Trukikaitis_Postimees, lk 113
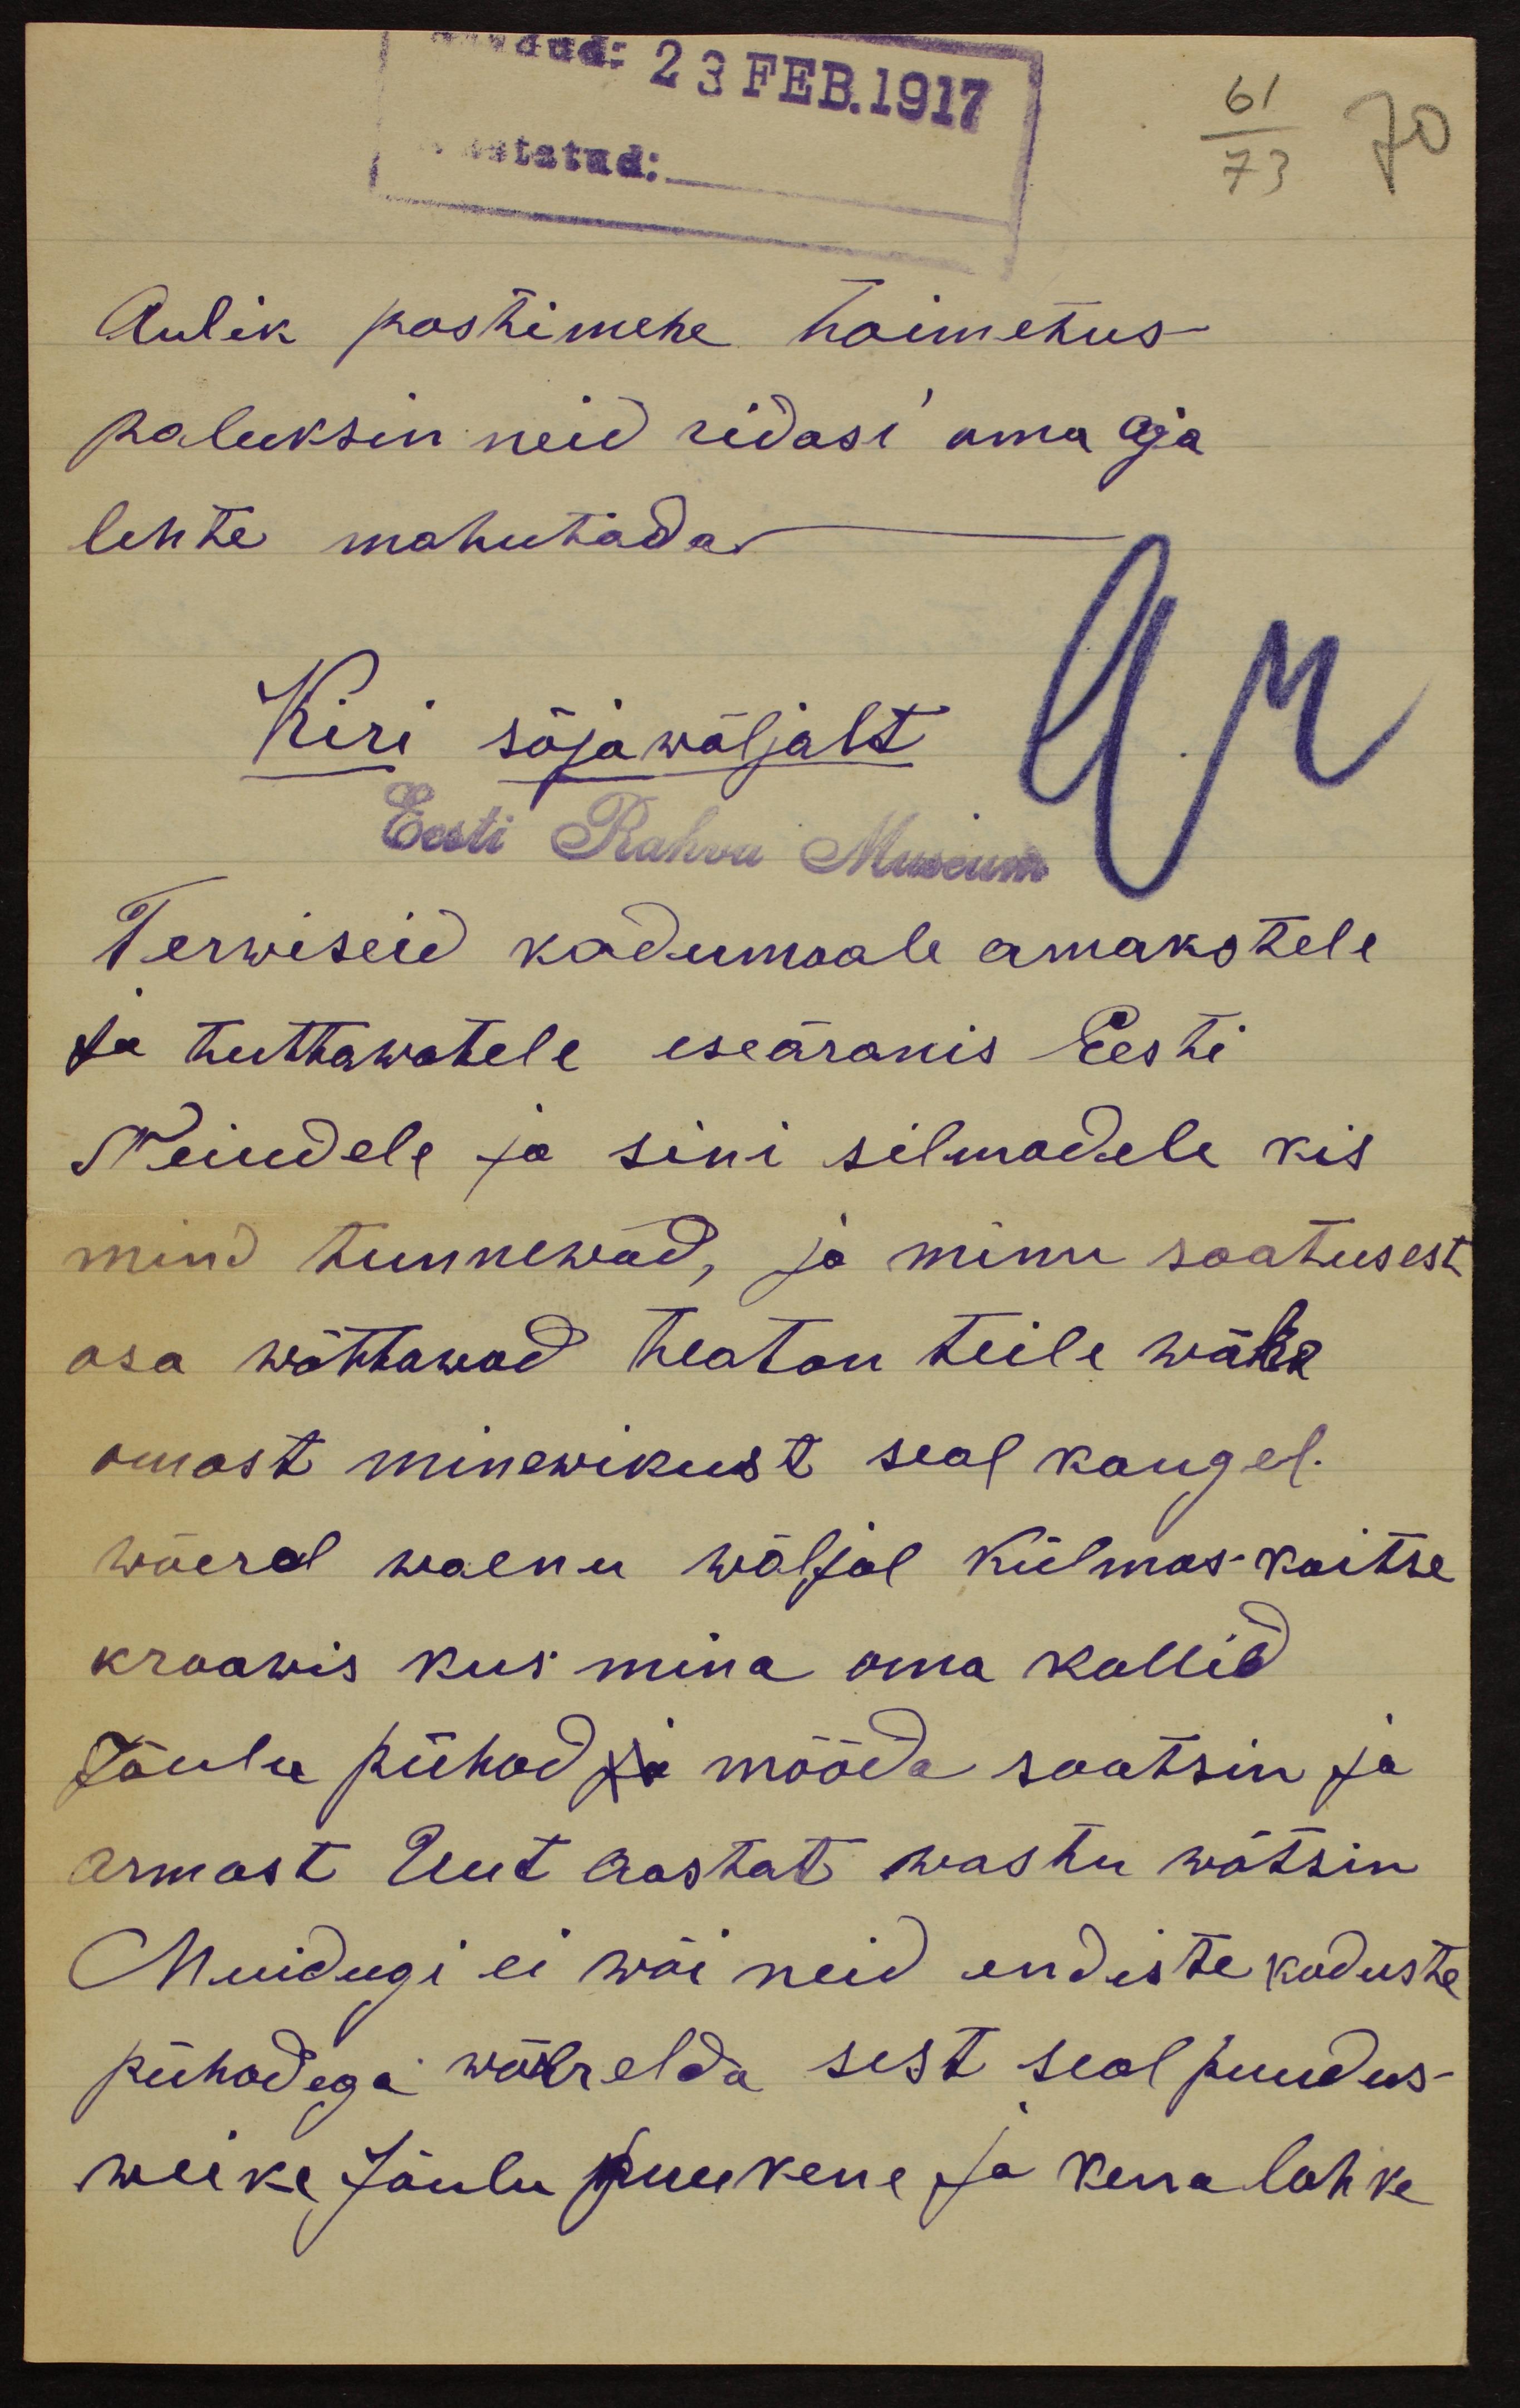
saad: 23 FES.1917
Aulik postimehe toimetus
paluksin neid ridasi oma aja
lehte mahutada.
Kiri sõjawäljalt
Eesti Rahva Museum
Terviseid kodumaale amakstele
Ja tuttawatele iseäranis Eesti
Neiudele ja sini silmadele mis
mind tunnewad, ja minu saatusest
osa wõttawad teatan teile wähe
omast minewikust seal kaugel.
wõera waenu wäljal külmas kaitse
kraawis kus mina oma kallid
Jõulu pühad ja mööda saatsin ja
armast Uut aastat wastu wõtsin
Muidugi ei wõi neid endiste koduste
pühadega wõrrelda sest seal puudus-
weike Jõulu puukene ja kena lahke